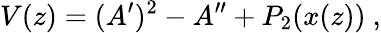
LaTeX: V(z)=(A^{\prime})^{2}-A^{\prime\prime}+P_{2}(x(z))\ ,